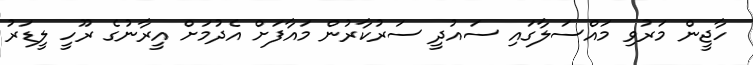
ހާޖީން މަރުވި މައްސަލާގައި ސައުދީ ސަރުކާރުން މައާފަށް އެދުމަށް އީރާނުގެ ރޫހީ ލީޑަރު